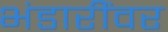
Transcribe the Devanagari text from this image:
भंडारींवर